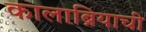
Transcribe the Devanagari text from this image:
कालाब्रियाची